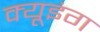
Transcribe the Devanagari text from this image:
क्यूइंग